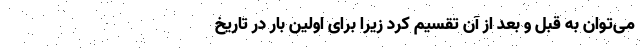
می‌توان به قبل و بعد از آن تقسیم کرد زیرا برای اولین بار در تاریخ